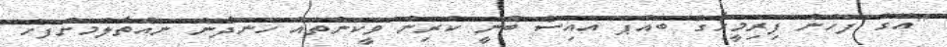
"އޭގެ ފަހުން ފިރިމީހާގެ ބައްޕަ އައިސް ބުނީ ކުރިން ވީކަންތައް ހަނދާން ނައްތާލުމަށްފަހު